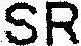
SR